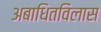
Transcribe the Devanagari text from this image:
अबाधितविलास